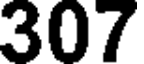
307